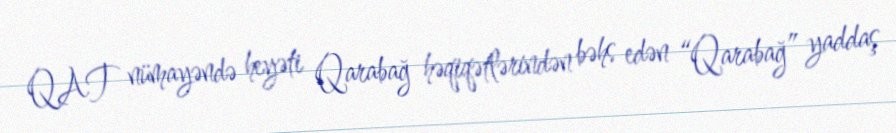
QAT nümayəndə heyəti Qarabağ həqiqətlərindən bəhs edən “Qarabağ” yaddaş